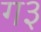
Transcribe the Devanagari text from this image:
ग३